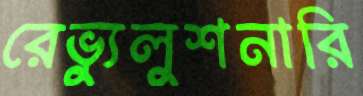
রেভ্যুলুশনারি